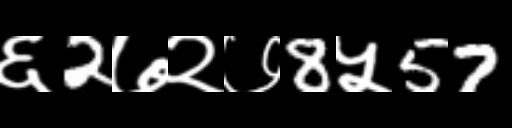
Text: ६2७२७8५57